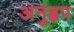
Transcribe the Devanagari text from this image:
अनुह्वप